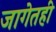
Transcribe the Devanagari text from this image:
जागेतही